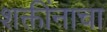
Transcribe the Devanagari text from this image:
शक्तींनाचा